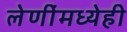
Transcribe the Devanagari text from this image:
लेणींमध्येही